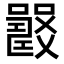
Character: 𡄉